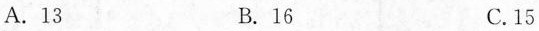
A.13 B. 16 C.15